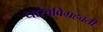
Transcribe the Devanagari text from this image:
धारेवविग्रहवती